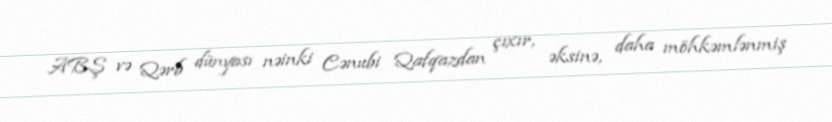
ABŞ və Qərb dünyası nəinki Cənubi Qafqazdan çıxır, əksinə, daha möhkəmlənmiş